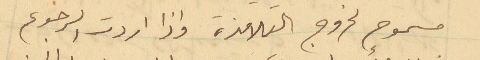
مسموح لخروج التلامذة واذا اردت الرجوع